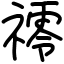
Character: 鿅